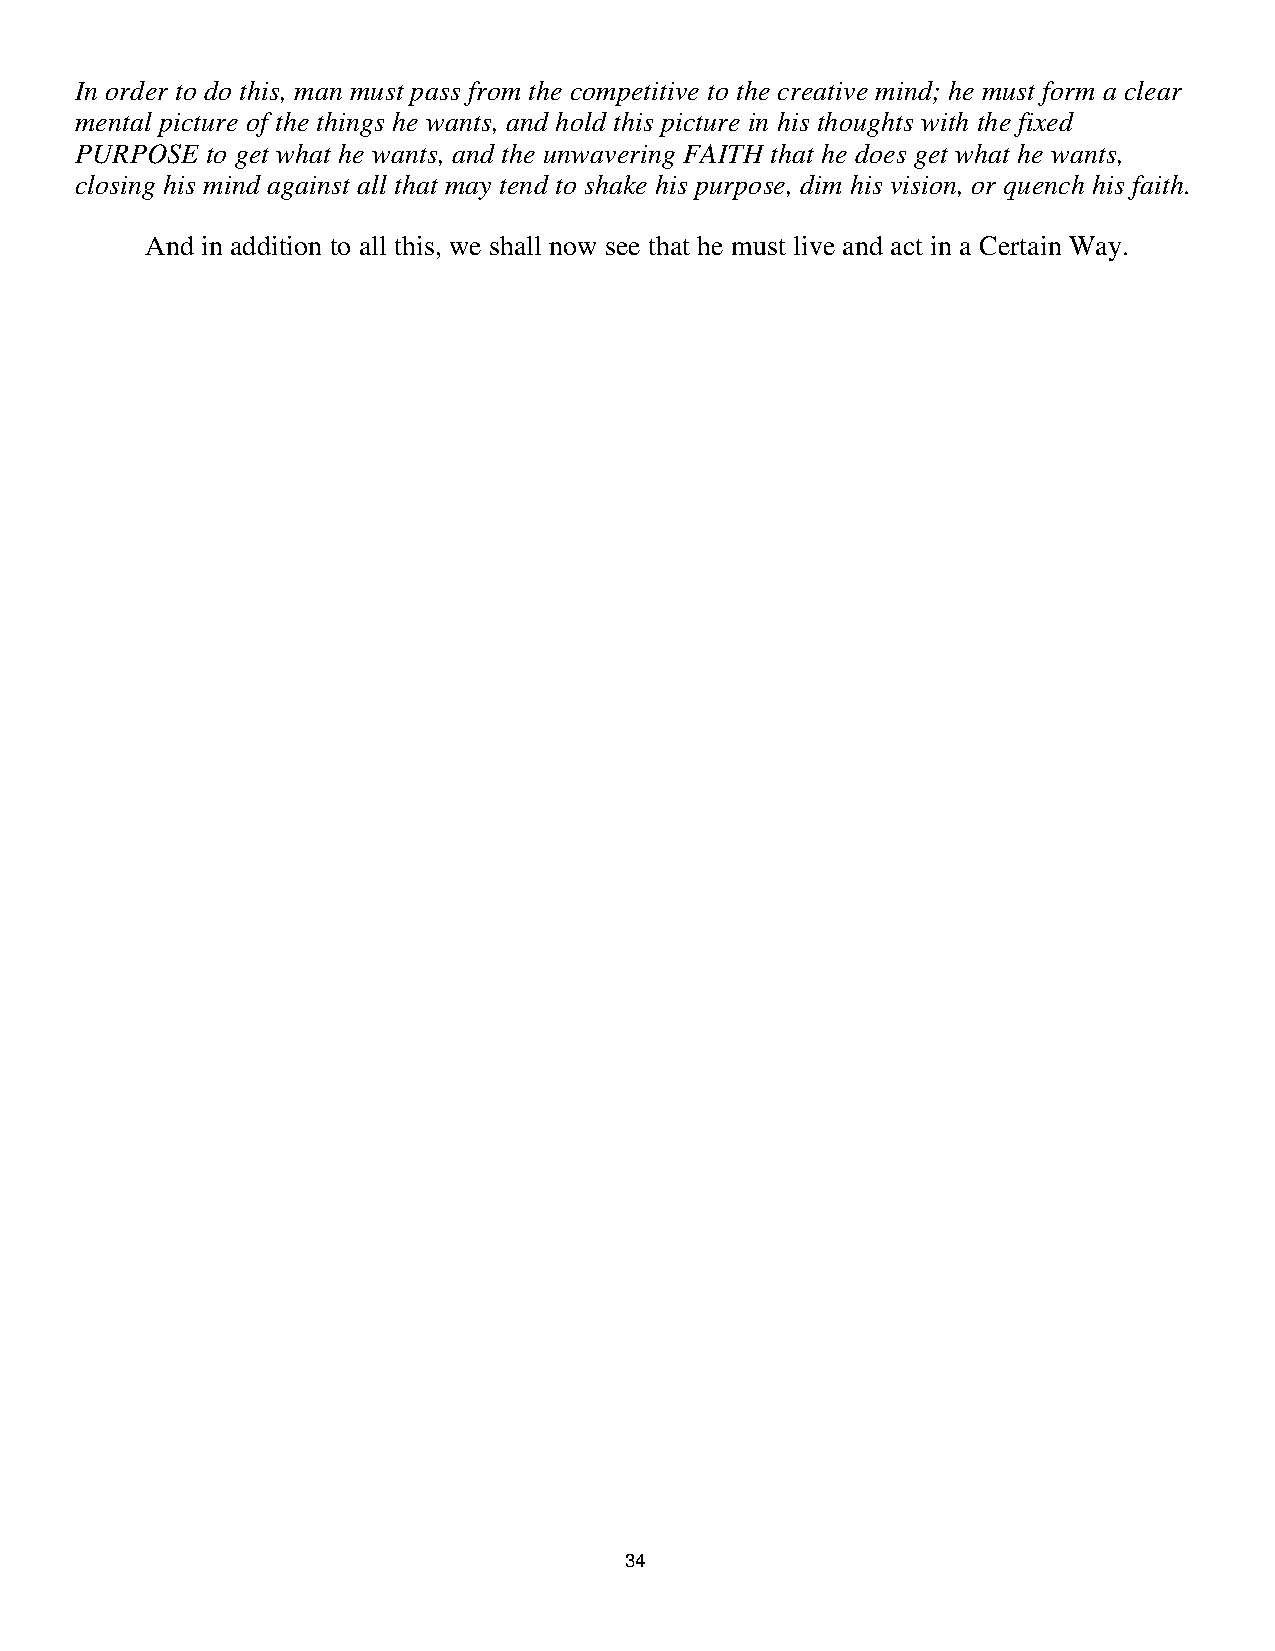
In order to do this, man must pass from the competitive to the creative mind; he must form a clear
 mental picture of the things he wants, and hold this picture in his thoughts with the fixed
 PURPOSE  to get what he wants, and the unwavering FAITH that he does get what he wants,
 closing his mind against all that may tend to shake his purpose, dim his vision, or quench his faith.
 And in addition to all this, we shall now see that he must live and act in a Certain Way.
 .
 .
 .
 .
 .
 .
 .
 .
 .
 .
 .
 .
 .
 .
 .
 .
 .
 .
 .
 .
 .
 .
 .
 .
 .
 .
 .
 .
 .
 .
 .
 .
 .
 .
 .
 .
 .
 .
 .
 .
 .
 .
 3344